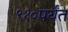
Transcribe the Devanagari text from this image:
९१०पर्यंत